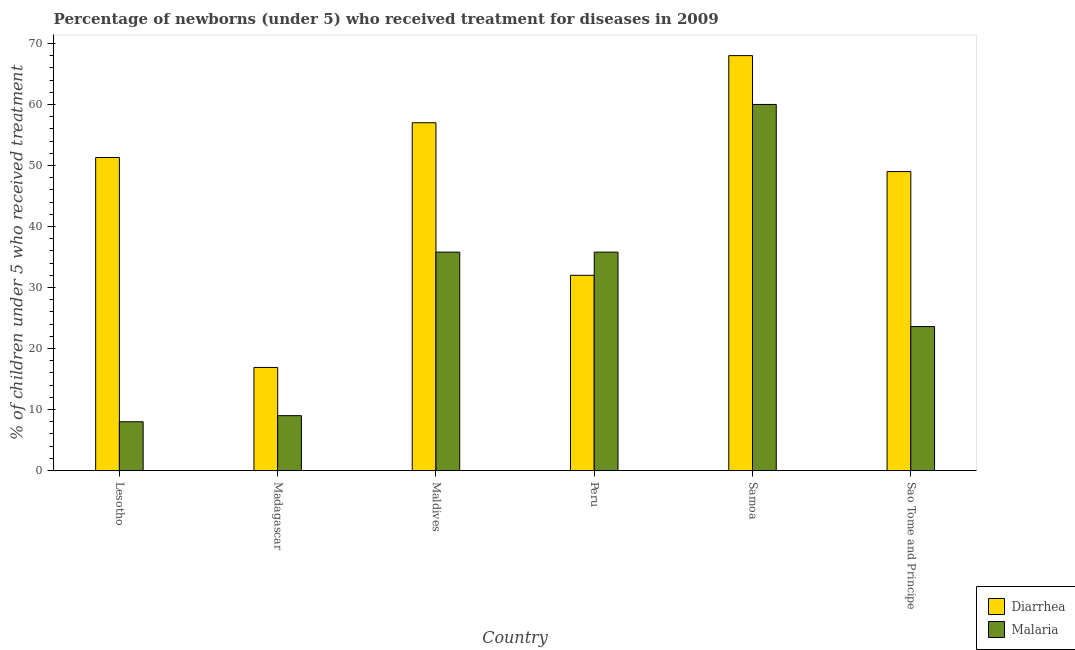
| Country | Diarrhea | Malaria |
 | --- | --- | --- |
 | Lesotho | 51.3 | 8 |
 | Madagascar | 16.9 | 9 |
 | Maldives | 57 | 35.8 |
 | Peru | 32 | 35.8 |
 | Samoa | 68 | 60 |
 | Sao Tome and Principe | 49 | 23.6 |